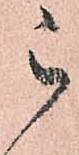
被